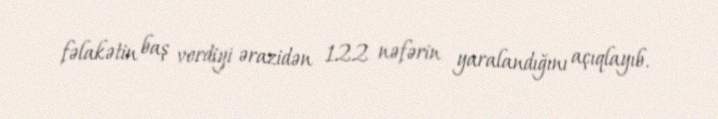
fəlakətin baş verdiyi ərazidən 122 nəfərin yaralandığını açıqlayıb.